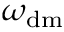
\omega _ { \mathrm { d m } }